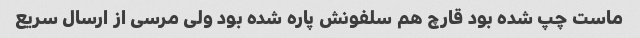
ماست چپ شده بود قارچ هم سلفونش پاره شده بود ولی مرسی از ارسال سریع